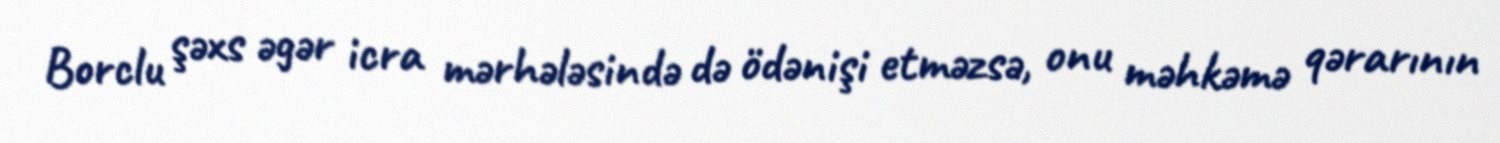
Borclu şəxs əgər icra mərhələsində də ödənişi etməzsə, onu məhkəmə qərarının